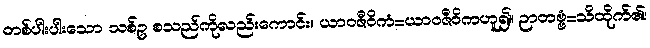
တစ်ပါးပါးသော သစ်ဥ စသည်ကိုလည်းကောင်း။ ယာဝဇီဝိကံ=ယာဝဇီဝိကဟူ၍။ ဉာတဗ္ဗံ=သိထိုက်၏၊